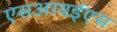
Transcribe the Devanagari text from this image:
एसआयईएस